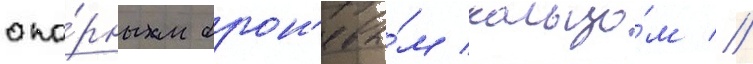
опо́рным брон'евы́м кольцо́м //